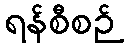
ရန်စီစဉ်